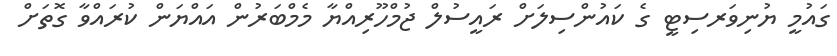
ގައުމީ ޔުނިވަރސިޓީ ގެ ކައުންސިލަށް ރައީސުލް ޖުމްހޫރިއްޔާ މެމްބަރުން އައްޔަން ކުރައްވާ ގޮތަށް